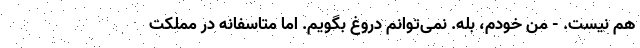
هم نیست. - من خودم، بله. نمی‌توانم دروغ بگویم. اما متاسفانه در مملکت